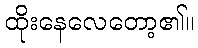
ထိုးနေလေတော့၏။